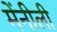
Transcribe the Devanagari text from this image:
मेंनीली